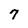
Character: 7